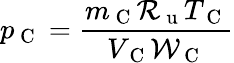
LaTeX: p_{\mathrm{~C~}}=\frac{m_{\mathrm{~C~}}\mathcal{R}_{\mathrm{~u~}}T_{\mathrm{~C~}}}{V_{\mathrm{~C~}}\mathcal{W}_{\mathrm{~C~}}}